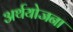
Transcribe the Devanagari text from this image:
अर्थयोजना